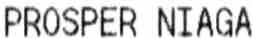
PROSPER NIAGA